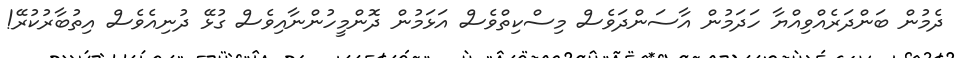
ދެމުން ބަންދަރެއްވިއްޔާ ހަދަމުން އާސަންދަވެސް މިސްކިތްވެސް އަޅަމުން ދޮންމީހުންނާއިވެސް ގުޅޭ ދުނިއެވެސް އިތުބާރުކުރޭ!